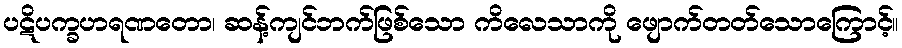
ပဋိပက္ခဟရဏတော၊ ဆန့်ကျင်ဘက်ဖြစ်သော ကိလေသာကို ဖျောက်တတ်သောကြောင့်။